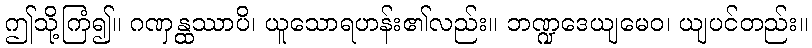
ဤသို့ကြံ၍။ ဂဏှန္ထဿာပိ၊ ယူသောရဟန်း၏လည်း။ ဘဏ္ဍဒေယျမေဝ၊ ယျပင်တည်း။